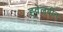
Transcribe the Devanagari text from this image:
ह्वेलबीन